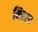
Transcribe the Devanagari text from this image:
निरार